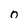
Character: 0